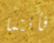
فأنتما